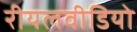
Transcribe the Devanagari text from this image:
रीयलवीडियो